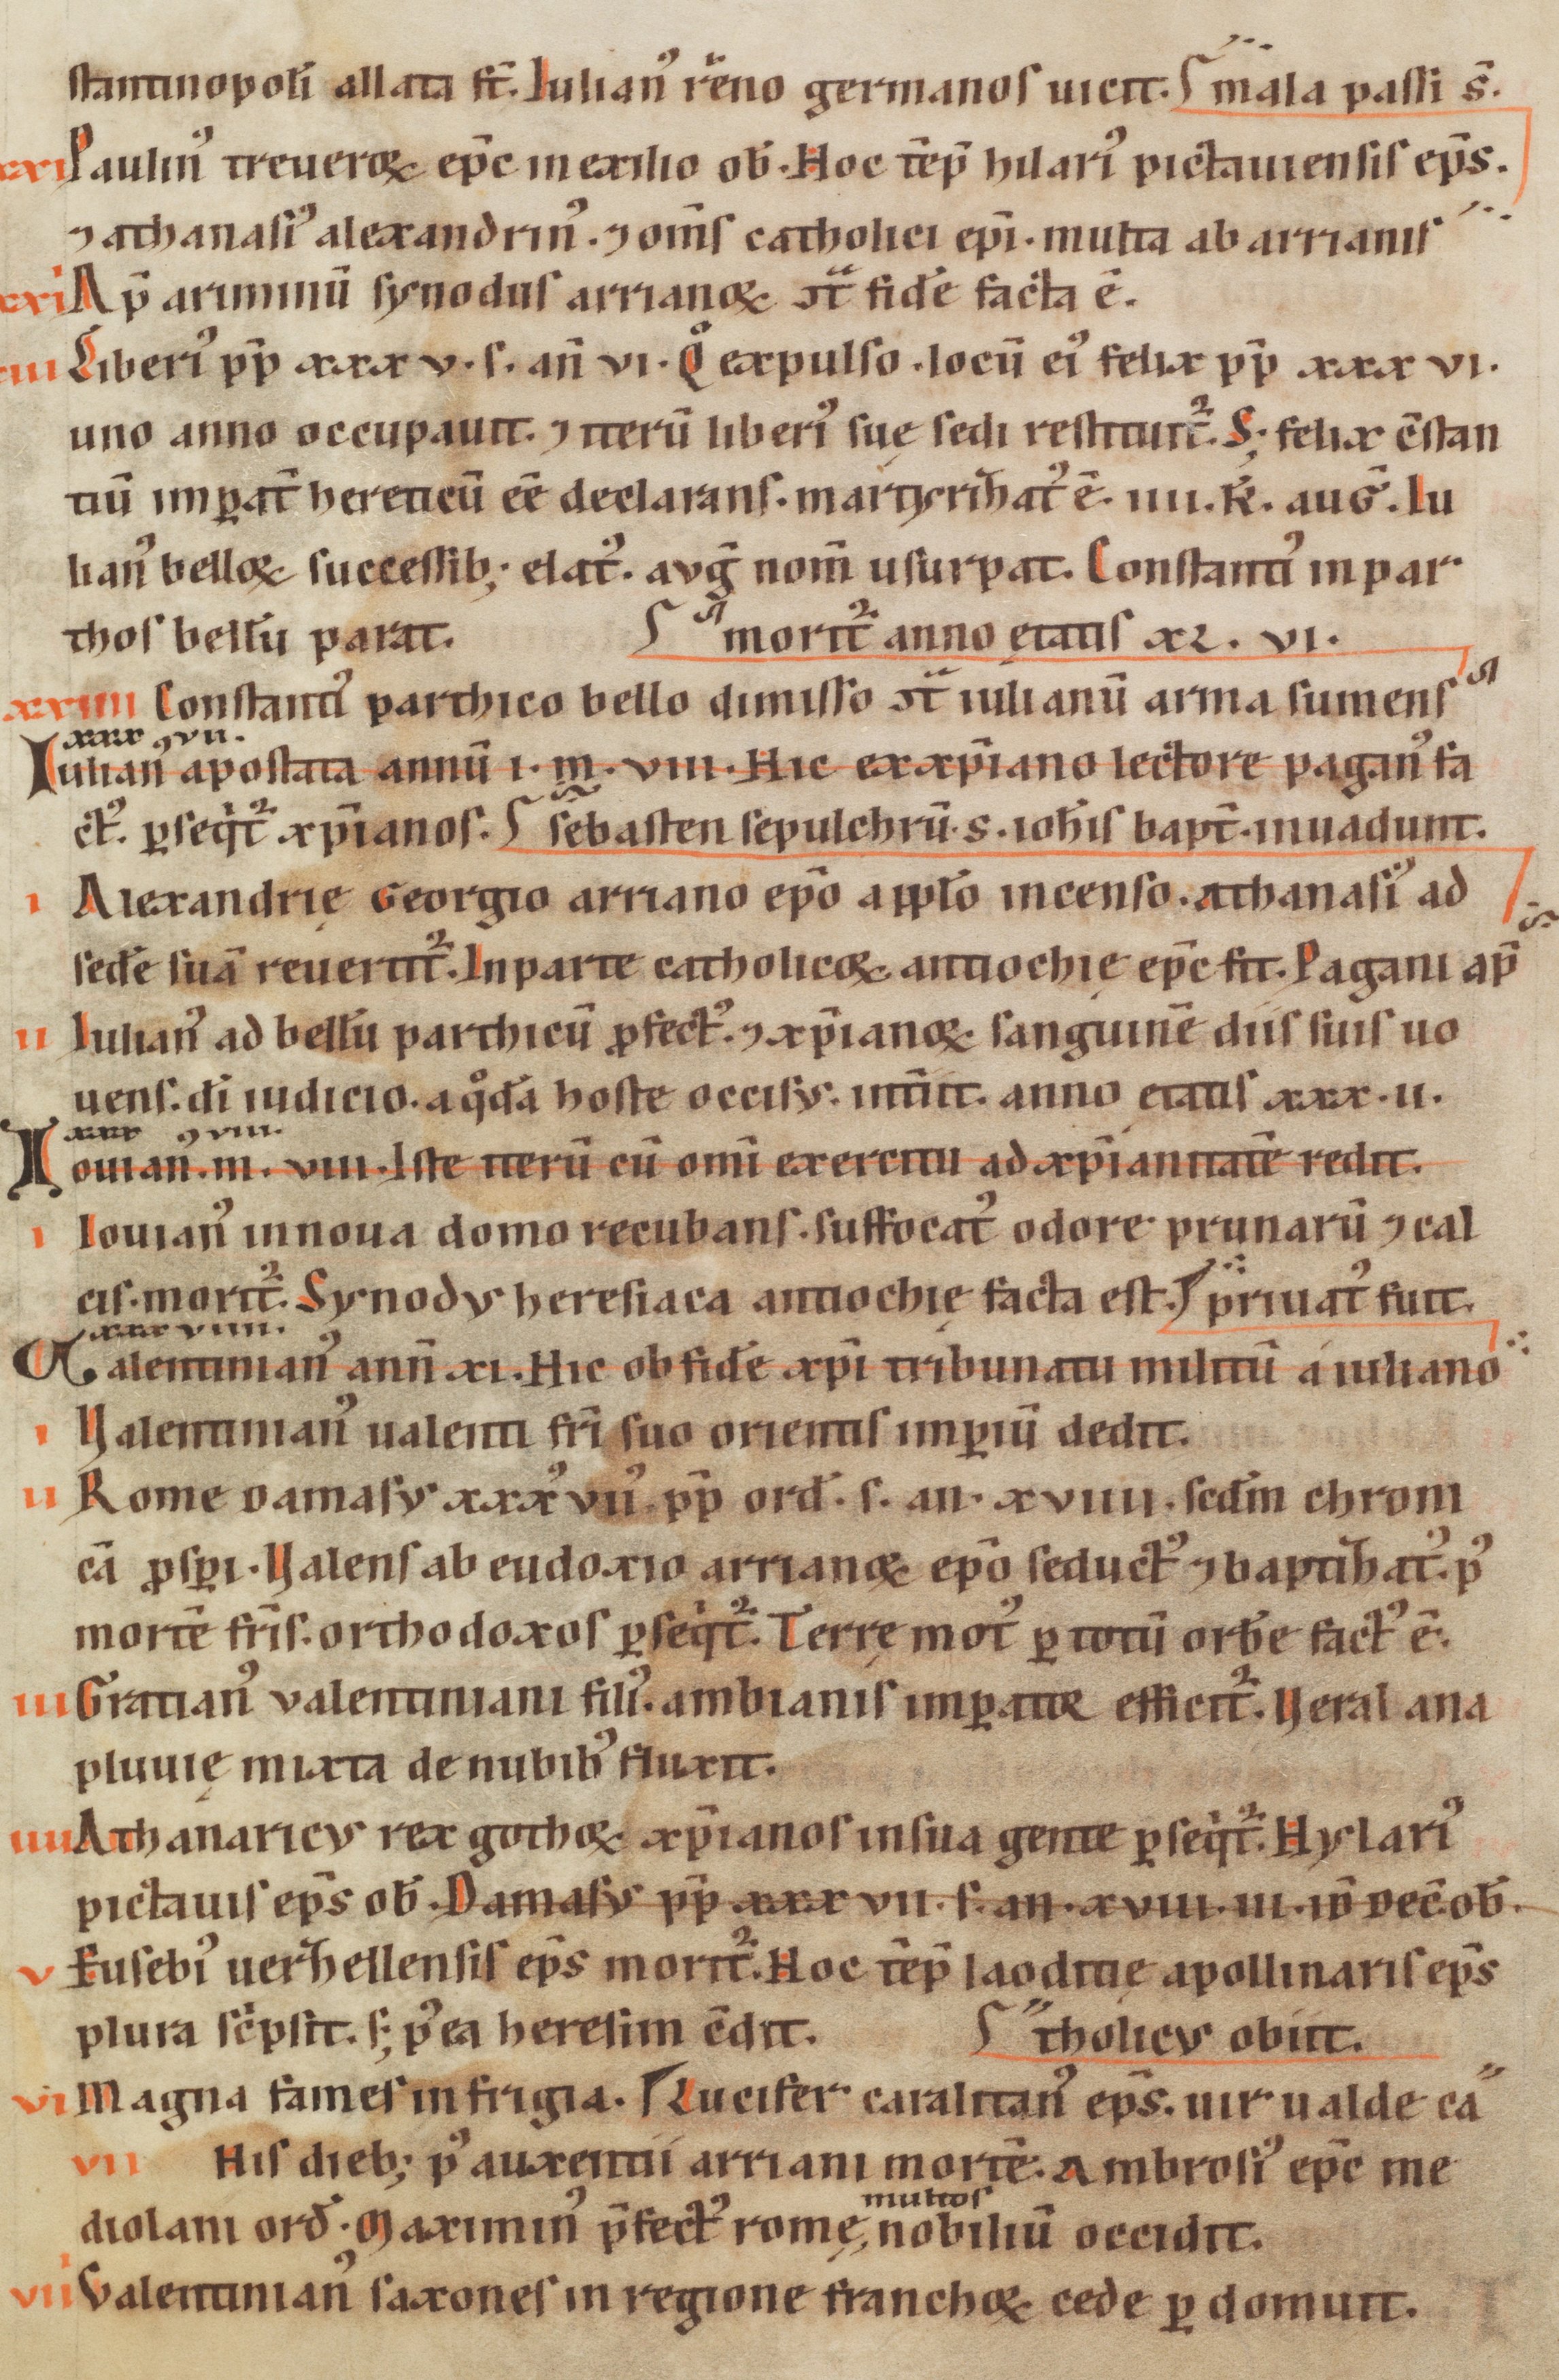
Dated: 1160–1190